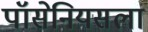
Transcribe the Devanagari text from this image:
पॉसेनियसला